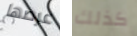
عرضها كذلك